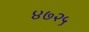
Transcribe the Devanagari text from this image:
४७२५